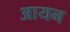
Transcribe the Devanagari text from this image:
अायन